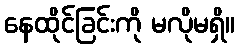
နေထိုင်ခြင်းကို မလိုမရှိ။